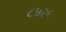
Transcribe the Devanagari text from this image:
८५१६